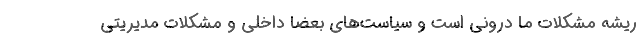
ریشه مشکلات ما درونی است و سیاست‌های بعضاً داخلی و مشکلات مدیریتی